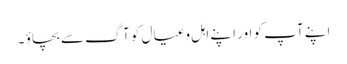
اپنے آپ کو اور اپنے اہل وعیال کو آگ سے بچاؤ ۔